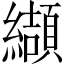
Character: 纈